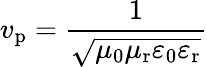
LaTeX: v_{\mathrm{p}}={\frac{1}{\sqrt{\mu_{0}\mu_{\mathrm{r}}\varepsilon_{0}\varepsilon_{\mathrm{r}}}}}